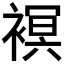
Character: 𧜀